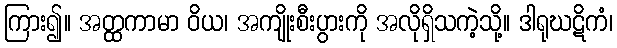
ကြား၍။ အတ္ထကာမာ ဝိယ၊ အကျိုးစီးပွားကို အလိုရှိသကဲ့သို့။ ဒါရုဃဋိကံ၊